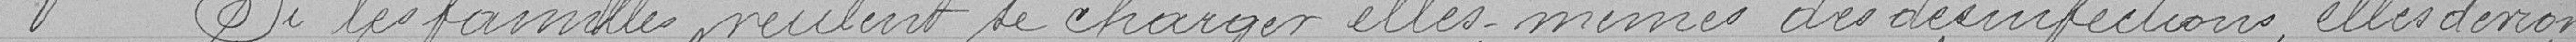
Si les familles veulent se charger elles-mêmes des désinfections, elles devront